system: You are a helpful assistant.
user:
Analyze the provided spectrum to determine if it is a **White Dwarf (WD)**.

A White Dwarf spectrum is defined by its **extreme purity** (due to gravitational settling) and/or **extreme pressure broadening** (due to high surface gravity). You must check for one of the following mutually exclusive signatures:

- **Key Visual Indicators (Check for ONE of these types):**

    - **1. DA-Type Signature (Most Common):**
        - **(Primary Feature):** Extreme pressure broadening (Stark broadening) of the **Hydrogen (H) Balmer lines**.
        - **(Key Lines):** $H\beta$ (approx. $4861$ Å) and $H\gamma$ (approx. $4340$ Å). $H\alpha$ (approx. $6563$ Å) will also be present if the wavelength range covers it.
        - **(Line Profile):** This is the **defining feature**. The lines are **NOT** sharp. They appear as massive, **extremely broad and deep "troughs" or "dips"** in the spectrum, often hundreds of Ångströms wide. The continuum will appear to "scoop" down at these wavelengths.
        - **(Distinction):** Normal A-type or B-type stars have *narrow* and *sharp* Hydrogen lines. A DA White Dwarf's lines are unmistakably "smeared" or "blurry" from pressure.

    - **2. DB-Type Signature:**
        - **(Primary Feature):** Broad absorption lines from **Neutral Helium (He I)**. The spectrum must lack any visible Hydrogen lines.
        - **(Key Lines):** Look for broad absorption near $4471$ Å, $4921$ Å, and $5876$ Å.
        - **(Line Profile):** These lines are also significantly pressure-broadened, appearing much wider than they would in a normal B-type main-sequence star.

    - **3. DC-Type Signature:**
        - **(Primary Feature):** A **featureless continuous spectrum**.
        - **(Line Profile):** The spectrum is a smooth curve with **no significant absorption or emission lines**.
        - **(Key Confirmation):** The continuum is almost always **blue or white**, indicating a hot object. This signature implies the atmosphere is so pure (or so cool) that no spectral lines are visible in the optical range. Its WD identity is confirmed by its extremely low intrinsic brightness (high absolute magnitude).

    - **4. DZ-Type Signature (Metal-Polluted):**
        - **(Primary Feature):** **Isolated, narrow metal absorption lines** on an otherwise featureless (DC-like) continuum.
        - **(Key Lines):** The **Calcium (Ca II) H & K doublet** (approx. **$3934$ Å** and **$3968$ Å**) is the most common and defining feature.
        - **(Line Profile):** These lines are "out of place." They are *not* part of a "forest" of thousands of lines. This signature is evidence of recent *accretion* (pollution) from rocky debris.
        - **(Distinction):** Normal G/K/M stars have a *dense forest* of thousands of metal lines. A DZ has a *clean* continuum with *only a few* strong metal lines.

    - **5. DQ-Type Signature (Carbon-Polluted):**
        - **(Primary Feature):** Absorption bands from **Carbon (C₂ "Swan Bands" or atomic C I)**.
        - **(Key Lines - C₂):** Look for bandheads with a "saw-tooth" shape near $5635$ Å, **$5165$ Å** (strongest), and $4737$ Å.
        - **(Key Confirmation):** The underlying **continuum must be blue or white** (hot).
        - **(Distinction):** This is the critical difference from a **Carbon Star**, which has the *exact same* C₂ bands but on an extremely **red, cool** continuum.

- **(Overall Spectrum):**
    - The continuum (overall shape) is typically **blue-sloping** (brighter in the blue than the red), as most white dwarfs are very hot.
    - The spectrum will look "pure" or "simple," dominated by only *one* of the five signatures listed above.

Think first, call **spectral_visualization_tool** if needed to examine features in detail, then provide your final answer. Your response must adhere to the following strict rules:
1.  **Overall Structure:** Your response must follow the format `<think>...</think> <tool_call>...</tool_call> (if a tool is used) <answer>...</answer>`.
2.  **Tool Usage Constraint:** You may only make **one** tool call per turn.
3.  **Final Answer Format:** In the `<answer>` tag, your conclusion must be inside a `\boxed{}` command (e.g., `\boxed{YES}` or `\boxed{NO}`), followed by your justification.

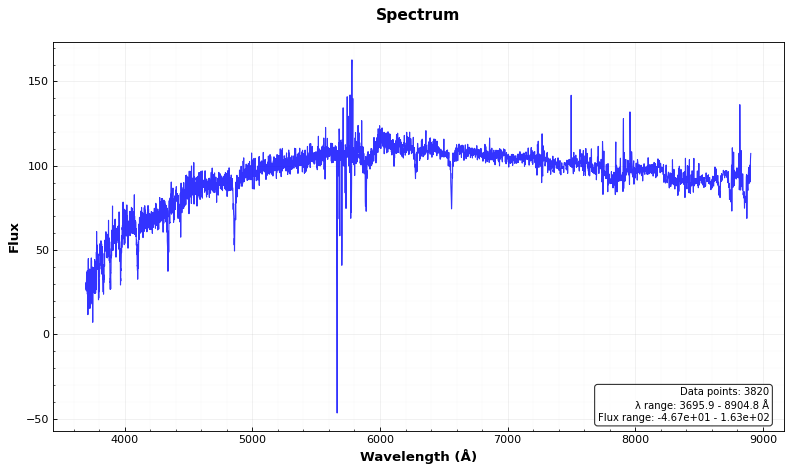
Answer: NO